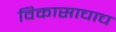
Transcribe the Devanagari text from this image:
विकासाचाच